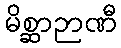
မိစ္ဆာဉာဏီ